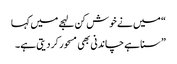
“ میں نے خوش کن لہجے میں کہا
” سنا ہے چاندنی بھی مسحور کر دیتی ہے۔